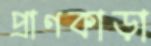
প্রাণকাড়া